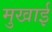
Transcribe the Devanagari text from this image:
मुखाई